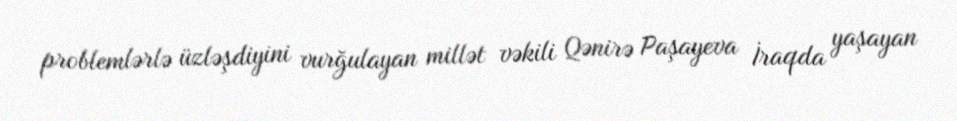
problemlərlə üzləşdiyini vurğulayan millət vəkili Qənirə Paşayeva İraqda yaşayan